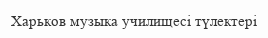
Харьков музыка училищесі түлектері